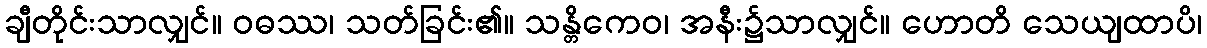
ချီတိုင်းသာလျှင်။ ဝဓဿ၊ သတ်ခြင်း၏။ သန္တိကေဝ၊ အနီး၌သာလျှင်။ ဟောတိ သေယျထာပိ၊